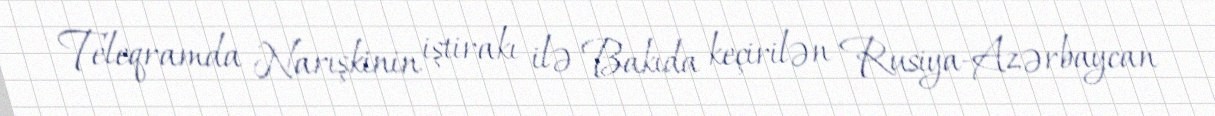
Teleqramda Narışkinin iştirakı ilə Bakıda keçirilən Rusiya-Azərbaycan